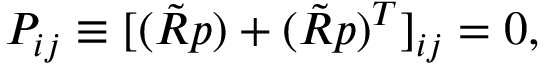
\begin{array} { r } { P _ { i j } \equiv [ ( \tilde { R } p ) + ( \tilde { R } p ) ^ { T } ] _ { i j } = 0 , } \end{array}